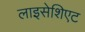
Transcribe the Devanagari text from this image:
लाइसेशिएट